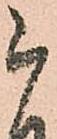
被